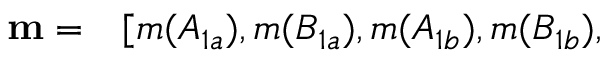
\begin{array} { r l } { \mathbf { m } = } & { { } [ m ( A _ { 1 a } ) , m ( B _ { 1 a } ) , m ( A _ { 1 b } ) , m ( B _ { 1 b } ) , } \end{array}